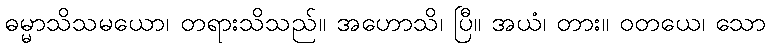
ဓမ္မာသိသမယော၊ တရားသိသည်။ အဟောသိ၊ ပြီ။ အယံ၊ တား။ ဝတယေ၊ သော